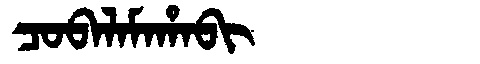
Manchu: ᠴᠣᠪᠠᠯᠠᠮᠠᡥᠠᠪᡳ
Romanization: COBALAMAHABI